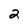
Character: 2